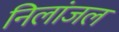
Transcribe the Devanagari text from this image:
निलांजल